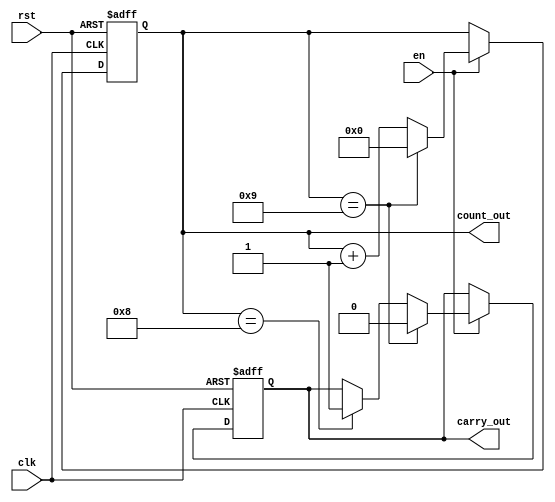
module counter#(parameter width = 4,
                parameter MAX = 10)
  			   (input clk,input rst,input en,output carry_out, output [width-1:0] count_out);

  reg [width-1:0] count_ff,count_next;
  reg carry_ff, carry_next;
  // this always bloc will be synthesize as combinational logic
  assign count_out=count_ff;
  assign carry_out=carry_ff;
  always @* begin
    count_next = count_ff;
    carry_next = carry_ff; 
    if(en) begin
      if(count_ff == (MAX-2)) begin
        carry_next='b1;
      end
      if(count_ff == (MAX-1)) begin
	carry_next='b0;
        count_next = 'b0;
      end else begin
        count_next = count_ff+1'b1;
      end
    end
  end
  
  // this always bloc will be synthesize as sequential logic
  always @(posedge clk or posedge rst) begin
    if(rst) begin
      count_ff <= 'b0;
      carry_ff<='b0;

  // if you don`t know the width use 'b0 and the compiler will insert 0 on all defined bits
    end else begin
      count_ff <= count_next;
      carry_ff <= carry_next;
    end
  end
endmodule